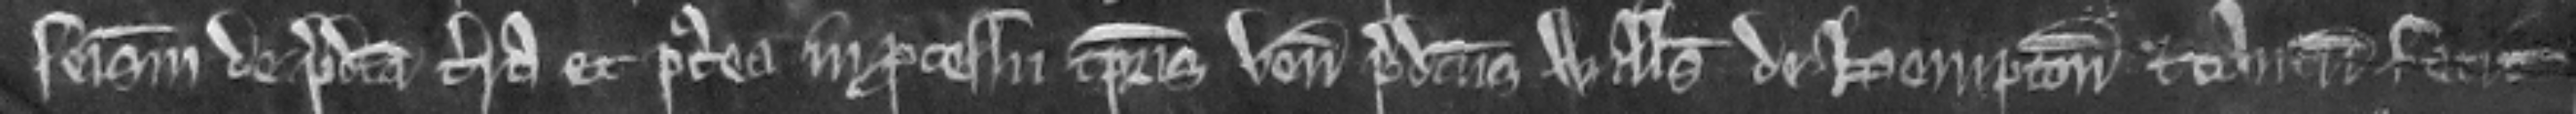
seisinam de predicta terra et postea in processu temporis venit predictus Willelmus de Hempton et tantum fecit